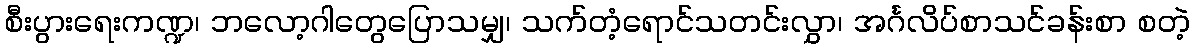
စီးပွားရေးကဏ္ဍ၊ ဘလော့ဂါတွေပြောသမျှ၊ သက်တံ့ရောင်သတင်းလွှာ၊ အင်္ဂလိပ်စာသင်ခန်းစာ စတဲ့